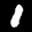
Label: 1